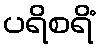
ပရိစရိံ